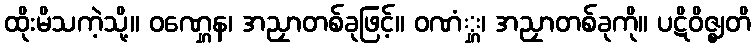
ထိုးမိသကဲ့သို့။ ဝဏ္ဋေန၊ အညှာတစ်ခုဖြင့်။ ဝဏံ္ဋ၊ အညှာတစ်ခုကို။ ပဋိဝိဇ္ဈတိ